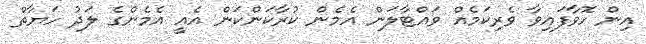
އިން ހޮވާފައިވާ ވެރިކަމެއް ވައްޓާލަން އެމެން ކުރާކަންކަން އެއީ އެމެންގެ ލަދު ހަޔާތް